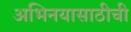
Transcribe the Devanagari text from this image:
अभिनयासाठीची